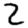
Digit: 2